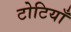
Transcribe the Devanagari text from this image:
टोटियाँ